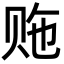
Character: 𬥵